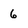
Character: 6